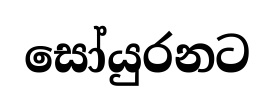
සෝයුරනට